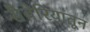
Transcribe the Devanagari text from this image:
सैबेरियातून